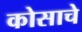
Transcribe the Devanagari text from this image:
कोसाचे